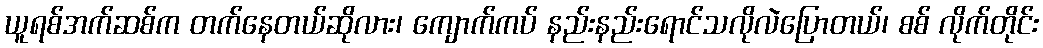
ယူရစ်အက်ဆစ်က တက်နေတယ်ဆိုလား၊ ကျောက်ကပ် နည်းနည်းရောင်သလိုလဲပြောတယ်၊ စစ် လိုက်တိုင်း